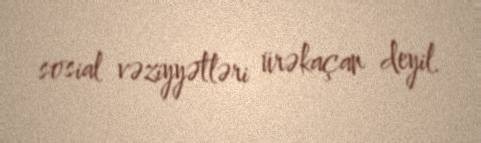
sosial vəziyyətləri ürəkaçan deyil.